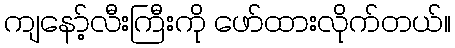
ကျနော့်လီးကြီးကို ဖော်ထားလိုက်တယ်။